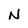
Character: N